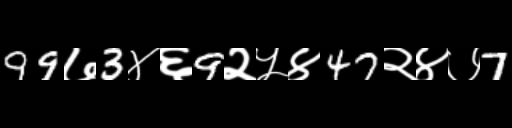
Text: 99७3४६9२५४47२४७7